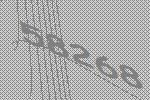
58268